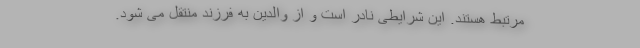
مرتبط هستند. این شرایطی نادر است و از والدین به فرزند منتقل می شود.